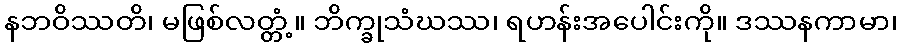
နဘဝိဿတိ၊ မဖြစ်လတ္တံ့။ ဘိက္ခုသံဃဿ၊ ရဟန်းအပေါင်းကို။ ဒဿနကာမာ၊